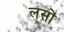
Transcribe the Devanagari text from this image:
लसों